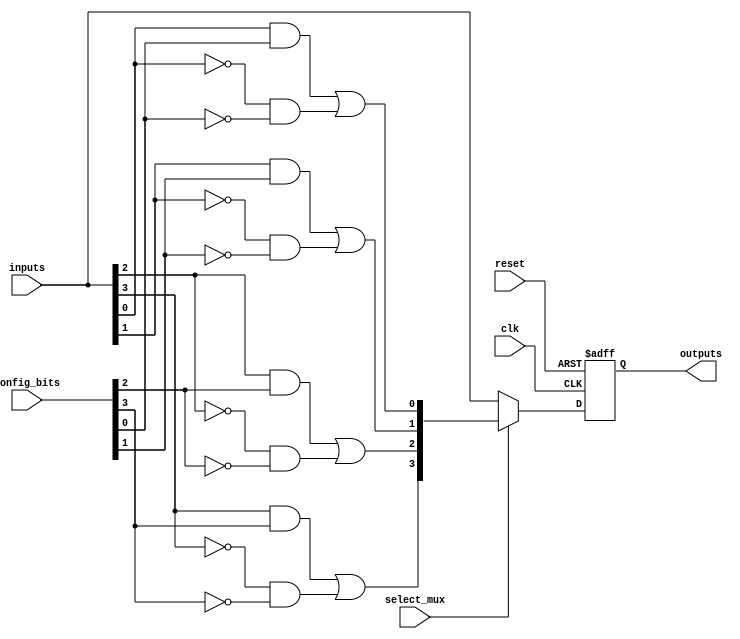
module CLB (
    input wire [3:0] inputs,          // 4 input signals
    input wire [3:0] config_bits,     // Configuration bits for LUTs
    input wire clk,                    // Clock signal for registers
    input wire reset,                  // Reset signal
    input wire select_mux,             // MUX select signal
    output wire [3:0] outputs          // 4 output signals
);

// Internal signals
wire [3:0] lut_out;                  // Outputs from LUTs
wire [3:0] mux_out;                  // Output from MUX
reg [3:0] reg_out;                   // Registered output

// LUTs implementation (4 LUTs for simplicity)
genvar i;
generate
    for (i = 0; i < 4; i = i + 1) begin : lut
        assign lut_out[i] = (inputs[i] & config_bits[i]) | (~inputs[i] & ~config_bits[i]); // Example LUT logic
    end
endgenerate

// MUX implementation
assign mux_out = select_mux ? lut_out : inputs; // Select between LUT output and direct inputs

// Register implementation
always @(posedge clk or posedge reset) begin
    if (reset) begin
        reg_out <= 4'b0000; // Reset output
    end else begin
        reg_out <= mux_out; // Store MUX output in register
    end
end

// Output assignment
assign outputs = reg_out; // Final output from the register

endmodule